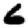
Digit: 6